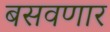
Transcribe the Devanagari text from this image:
बसवणार